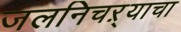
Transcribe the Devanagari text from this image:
जलनिचऱ्याचा